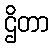
ဌိတာ